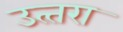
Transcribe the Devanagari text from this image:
उत्‍तरा